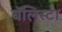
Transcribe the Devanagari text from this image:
बॅलिस्टा